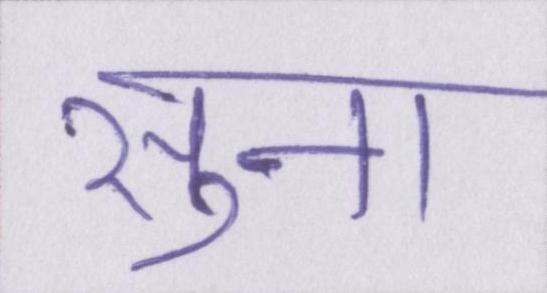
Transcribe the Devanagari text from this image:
सुना